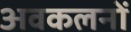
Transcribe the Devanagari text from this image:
अवकलनों